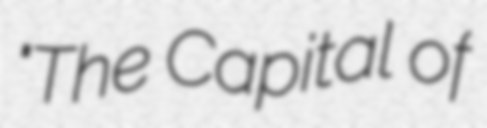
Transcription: "The Capital of